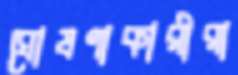
ঘোষণাকারীরা